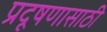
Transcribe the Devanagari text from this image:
प्रदूषणासाठी